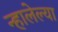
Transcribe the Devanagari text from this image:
न्हालेल्या